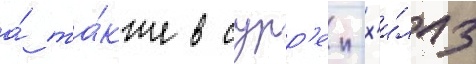
а́ та́кже в сурр'еи-х'и́ллз